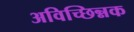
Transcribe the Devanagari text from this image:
अविच्छिन्नक